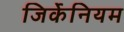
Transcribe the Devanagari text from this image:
जिर्केनियम